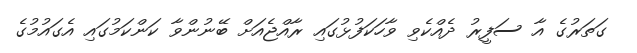
ގަތަރުގެ އާ ސަފީރު ދެއްކެވި ވާހަކަފުޅުގައި ރާއްޖެއަށް ބޭނުންވާ ކަންކަމުގައި އެގައުމުގެ